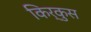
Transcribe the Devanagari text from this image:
किर्कुस